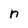
Character: n